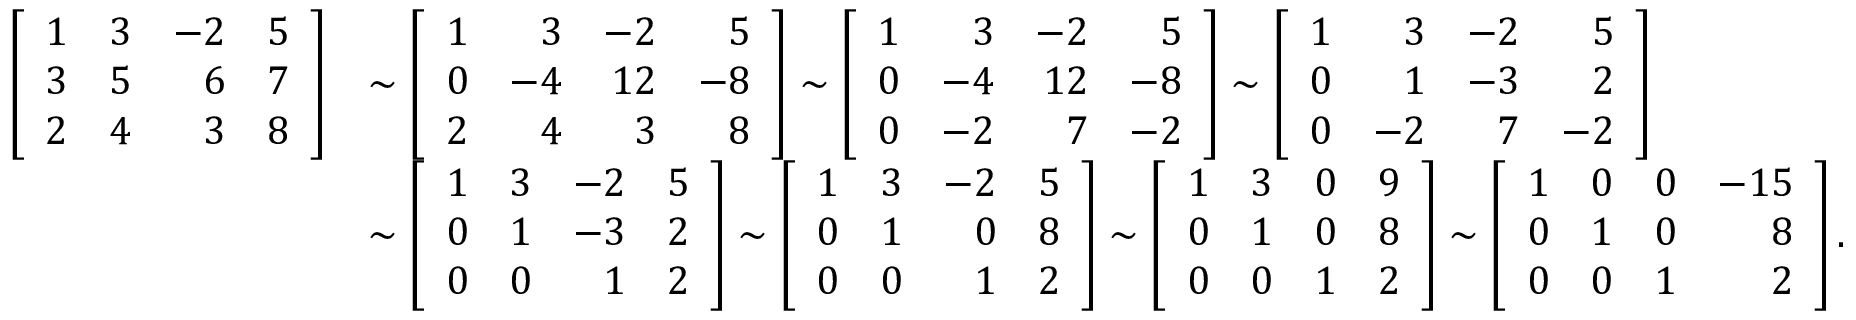
{ \begin{array} { r l } { \left[ { \begin{array} { r r r r } { 1 } & { 3 } & { - 2 } & { 5 } \\ { 3 } & { 5 } & { 6 } & { 7 } \\ { 2 } & { 4 } & { 3 } & { 8 } \end{array} } \right] } & { \sim \left[ { \begin{array} { r r r r } { 1 } & { 3 } & { - 2 } & { 5 } \\ { 0 } & { - 4 } & { 1 2 } & { - 8 } \\ { 2 } & { 4 } & { 3 } & { 8 } \end{array} } \right] \sim \left[ { \begin{array} { r r r r } { 1 } & { 3 } & { - 2 } & { 5 } \\ { 0 } & { - 4 } & { 1 2 } & { - 8 } \\ { 0 } & { - 2 } & { 7 } & { - 2 } \end{array} } \right] \sim \left[ { \begin{array} { r r r r } { 1 } & { 3 } & { - 2 } & { 5 } \\ { 0 } & { 1 } & { - 3 } & { 2 } \\ { 0 } & { - 2 } & { 7 } & { - 2 } \end{array} } \right] } \\ & { \sim \left[ { \begin{array} { r r r r } { 1 } & { 3 } & { - 2 } & { 5 } \\ { 0 } & { 1 } & { - 3 } & { 2 } \\ { 0 } & { 0 } & { 1 } & { 2 } \end{array} } \right] \sim \left[ { \begin{array} { r r r r } { 1 } & { 3 } & { - 2 } & { 5 } \\ { 0 } & { 1 } & { 0 } & { 8 } \\ { 0 } & { 0 } & { 1 } & { 2 } \end{array} } \right] \sim \left[ { \begin{array} { r r r r } { 1 } & { 3 } & { 0 } & { 9 } \\ { 0 } & { 1 } & { 0 } & { 8 } \\ { 0 } & { 0 } & { 1 } & { 2 } \end{array} } \right] \sim \left[ { \begin{array} { r r r r } { 1 } & { 0 } & { 0 } & { - 1 5 } \\ { 0 } & { 1 } & { 0 } & { 8 } \\ { 0 } & { 0 } & { 1 } & { 2 } \end{array} } \right] . } \end{array} }